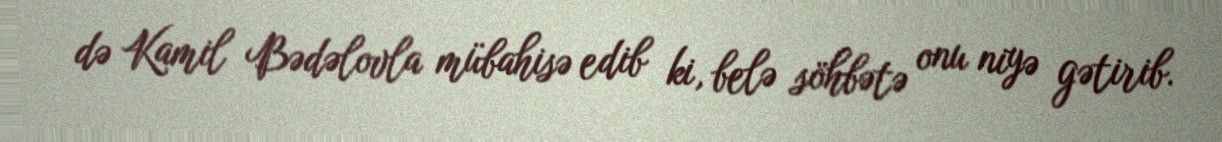
də Kamil Bədəlovla mübahisə edib ki, belə söhbətə onu niyə gətirib.